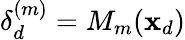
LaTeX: \delta_{d}^{(m)}=M_{m}(\mathbf{x}_{d})